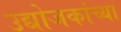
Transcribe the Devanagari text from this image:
उद्योजकांच्या